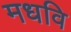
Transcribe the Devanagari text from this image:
मधवि